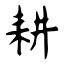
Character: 耕